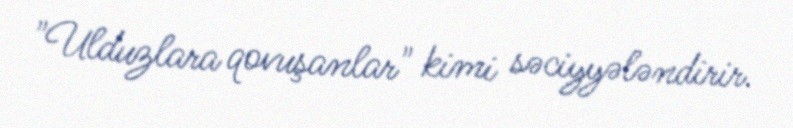
"Ulduzlara qovuşanlar" kimi səciyyələndirir.